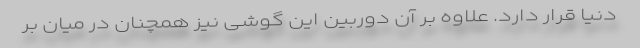
دنیا قرار دارد. علاوه بر آن دوربین این گوشی نیز همچنان در میان بر